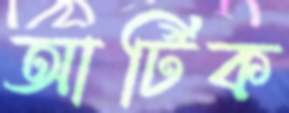
আর্টিক